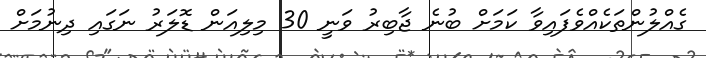
ގެއްލުންތަކެއްވެފައިވާ ކަމަށް ބުނެ ޖާބިރު ވަނީ 30 މިލިއަން ޑޮލަރު ނަގައި ދިނުމަށް